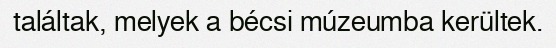
találtak, melyek a bécsi múzeumba kerültek.